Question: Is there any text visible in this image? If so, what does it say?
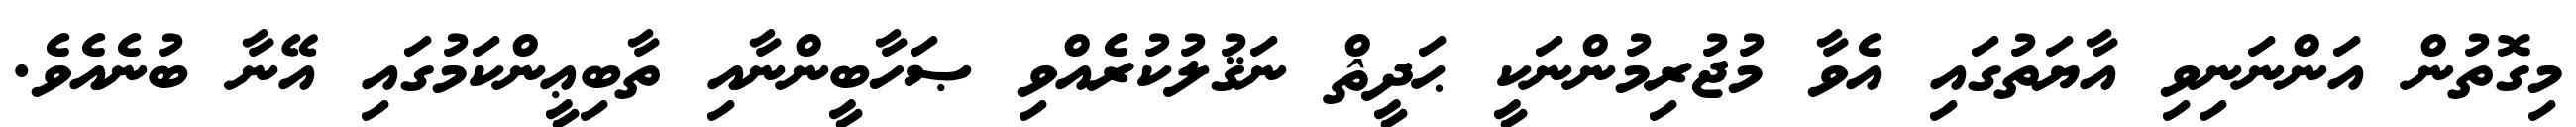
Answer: މިގޮތުން އަންނަނިވި އާޔަތުގައި އެވާ މުޖުރިމުންނަކީ ޙަދީޘް ނަޤުލުކުރެއްވި ޞަހާބީންނާއި ތާބިޢީންކަމުގައި އޭނާ ބުނެއެވެ.